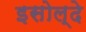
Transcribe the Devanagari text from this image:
इसोल्दे